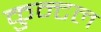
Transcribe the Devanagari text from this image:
कुन्टल